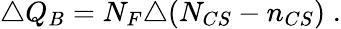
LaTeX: \triangle Q_{B}=N_{F}\triangle(N_{CS}-n_{CS})\; .